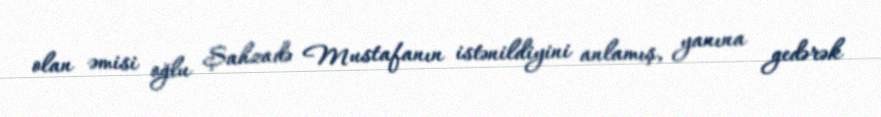
olan əmisi oğlu Şahzadə Mustafanın istənildiyini anlamış, yanına gedərək